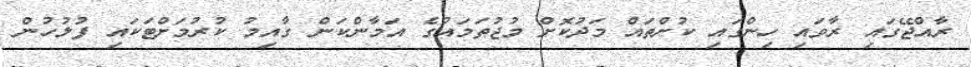
ރާއްޖޭގައި ރާވައި ހިންގައި ކުށްތައް މަދުކޮށް މުޖުތަމައުގެ އަމާންކަން ގާއިމު ކުރުމަށްޓަކައި ފުލުހުން